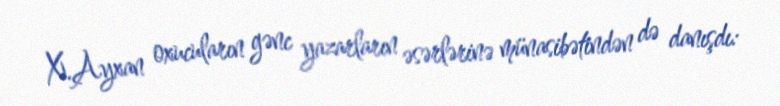
X.Ayxan oxucuların gənc yazarların əsərlərinə münasibətindən də danışdı: